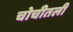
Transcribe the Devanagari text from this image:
चोचीतली